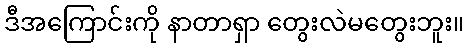
ဒီအကြောင်းကို နာတာရှာ တွေးလဲမတွေးဘူး။